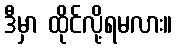
ဒီမှာ ထိုင်လို့ရမလား။